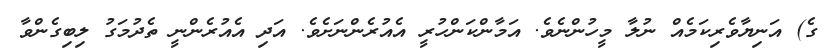
ގެ) އަނިޔާވެރިކަމެއް ނުލާ މީހުންނެވެ. އަމާންކަންހުރީ އެއުރެންނަށެވެ. އަދި އެއުރެންނީ ތެދުމަގު ލިބިގެންވާ